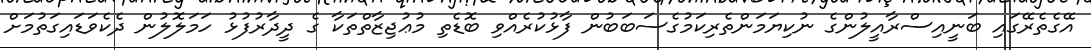
އޭގެތެރޭގައި ބަނީއިސްރާއީލުންގެ ނުކިޔަމަންތެރިކަމުގެސަބަބުން ފާޅުކުރެއްވި ބޮޑެތި މުޢުޖިޒާތްތަކާ ގެ ދީދާރުފުޅު ހަމަލޮލުން ދެކެވަޑައިގަތުމަށް